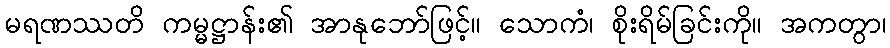
မရဏဿတိ ကမ္မဋ္ဌာန်း၏ အာနုဘော်ဖြင့်။ သောကံ၊ စိုးရိမ်ခြင်းကို။ အကတွာ၊